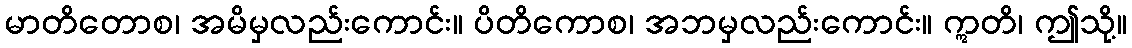
မာတိတောစ၊ အမိမှလည်းကောင်း။ ပိတိကောစ၊ အဘမှလည်းကောင်း။ ဣတိ၊ ဤသို့။